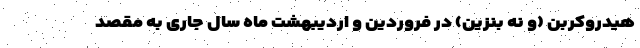
هیدروکربن (و نه بنزین) در فروردین و اردیبهشت ماه سال جاری به مقصد